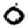
Digit: 0